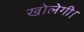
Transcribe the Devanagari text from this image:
खोलेगी।